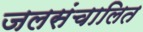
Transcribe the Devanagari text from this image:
जलसंचालित